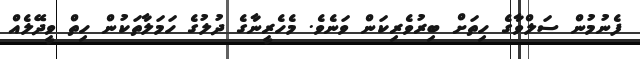
ފެނުމުން ސަލްވާގެ ހިތަށް ބިރުވެރިކަން ވަނެވެ. މެހެރީނާގެ ދުލުގެ ހަމަލާތަކުން ހިތް ވީދޭލެއް